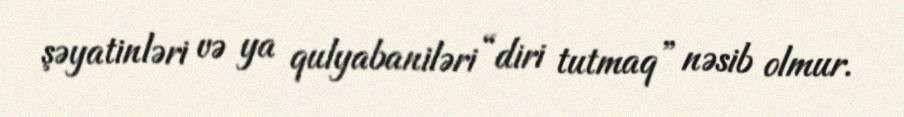
şəyatinləri və ya qulyabaniləri “diri tutmaq” nəsib olmur.